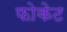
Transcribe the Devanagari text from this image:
फोकेट